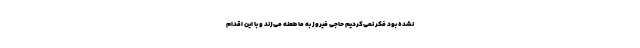
نشده بود فکر نمی‌کردیم حاجی فیروز به ما طعنه می‌زند و با این اقدام